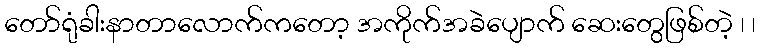
တော်ရုံခါးနာတာလောက်ကတော့ အကိုက်အခဲပျောက် ဆေးတွေဖြစ်တဲ့ ၊ ၊